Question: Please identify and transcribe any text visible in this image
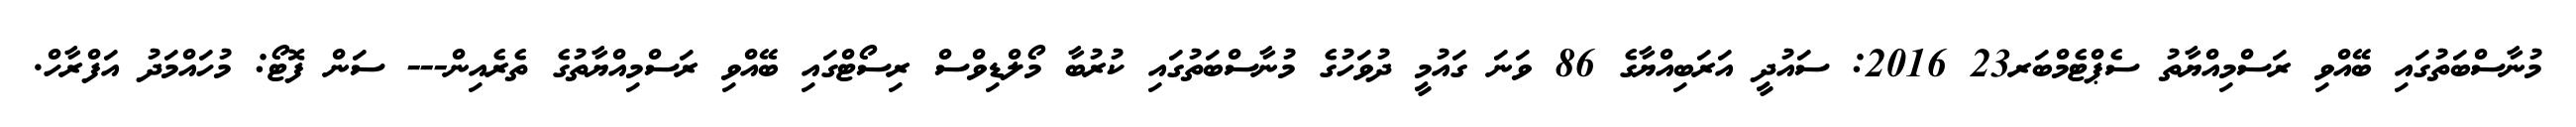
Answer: މުނާސްބަތުގައި ބޭއްވި ރަސްމިއްޔާތު ސެޕްޓެމްބަރ23 2016: ސައުދީ އަރަބިއްޔާގެ 86 ވަނަ ގައުމީ ދުވަހުގެ މުނާސްބަތުގައި ކުރުބާ މޯލްޑިވްސް ރިސޯޓްގައި ބޭއްވި ރަސްމިއްޔާތުގެ ތެރެއިން--- ސަން ފޮޓޯ: މުހައްމަދު އަފްރާހް.